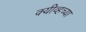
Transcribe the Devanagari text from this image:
क्यीव्हच्या